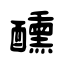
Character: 醺